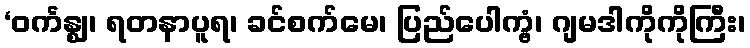
‘ဝင်္ကန္ဈ၊ ရတနာပူရ၊ ခင်စက်မေ၊ ပြည်ပေါက္ဗံ၊ ဂျမဒါကိုကိုကြီး၊